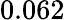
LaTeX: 0.062